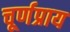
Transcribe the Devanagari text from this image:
चूर्णप्राय